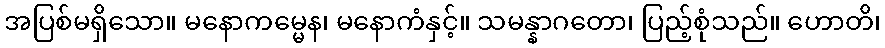
အပြစ်မရှိသော။ မနောကမ္မေန၊ မနောကံနှင့်။ သမန္နာဂတော၊ ပြည့်စုံသည်။ ဟောတိ၊